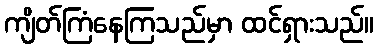
ကျိတ်ကြံနေကြသည်မှာ ထင်ရှားသည်။